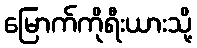
မြောက်ကိုရီးယားသို့